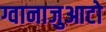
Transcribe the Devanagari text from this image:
ग्वानाजुआटो